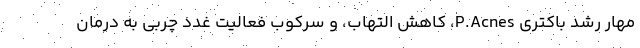
مهار رشد باکتری P.Acnes، کاهش التهاب، و سرکوب فعالیت غدد چربی به درمان